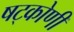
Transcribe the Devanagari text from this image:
षट्कोणी